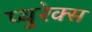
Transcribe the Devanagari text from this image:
प्युरेक्स